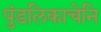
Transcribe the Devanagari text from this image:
पुंडलिकाचेनि